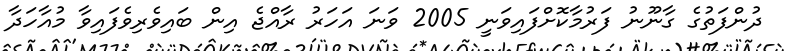
ދުންފަތުގެ ގާނޫނު ފަރުމާކޮށްފައިވަނީ 2005 ވަނަ އަހަރު ރާއްޖެ އިން ބައިވެރިވެފައިވާ މުއާހަދާ